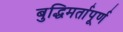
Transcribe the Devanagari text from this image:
बुद्धिमर्तापूर्ण